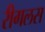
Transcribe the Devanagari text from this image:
रीगलस